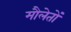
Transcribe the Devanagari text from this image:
मौलेतों